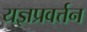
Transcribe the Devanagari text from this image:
यज्ञप्रवर्त्तन